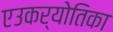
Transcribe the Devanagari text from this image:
एउकर्योतिका